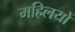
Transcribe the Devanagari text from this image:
महिलयों